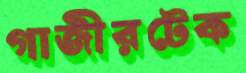
গাজীরটেক